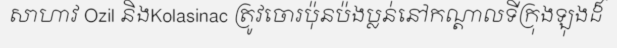
សាហាវ Ozil និងKolasinac ត្រូវចោរប៉ុនប៉ងប្លន់នៅកណ្តាលទីក្រុងឡុងដ៏